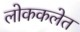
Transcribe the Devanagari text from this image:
लोककलेत